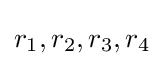
r_{1},r_{2},r_{3},r_{4}